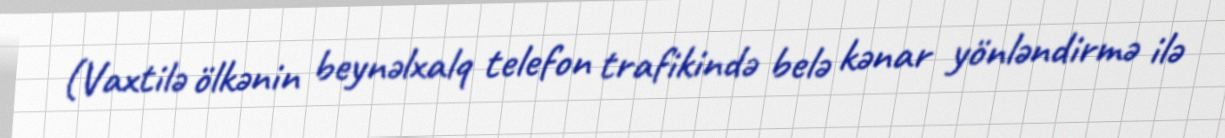
(Vaxtilə ölkənin beynəlxalq telefon trafikində belə kənar yönləndirmə ilə